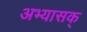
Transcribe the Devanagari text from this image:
अभ्यासक्